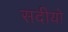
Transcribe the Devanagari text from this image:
सदीयो